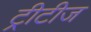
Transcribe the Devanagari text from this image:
ट्रीटीज